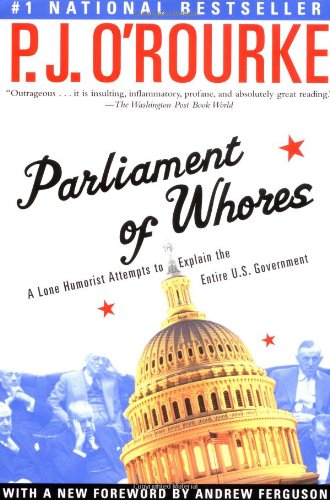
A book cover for Parliament of Whores: A Lone Humorist Attempts to Explain the Entire U.S. Government; P. J. O'Rourke; Humor & Entertainment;